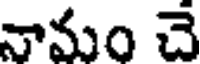
నామం చే